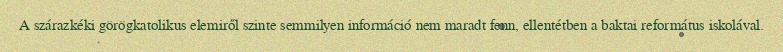
A szárazkéki görögkatolikus elemiről szinte semmilyen információ nem maradt fenn, ellentétben a baktai református iskolával.